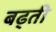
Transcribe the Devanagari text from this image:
बढ्ती